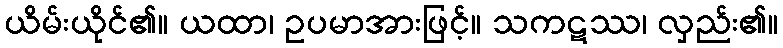
ယိမ်းယိုင်၏။ ယထာ၊ ဥပမာအားဖြင့်။ သကဋဿ၊ လှည်း၏။